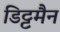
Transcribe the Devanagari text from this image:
डिट्टमैन